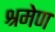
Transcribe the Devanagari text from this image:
श्रमेण